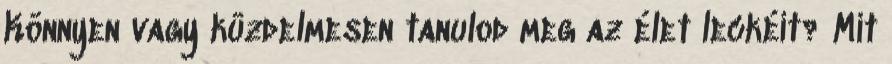
Könnyen vagy küzdelmesen tanulod meg az élet leckéit? Mit